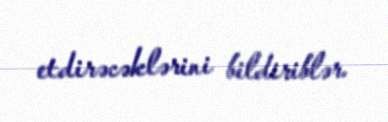
etdirəcəklərini bildiriblər.